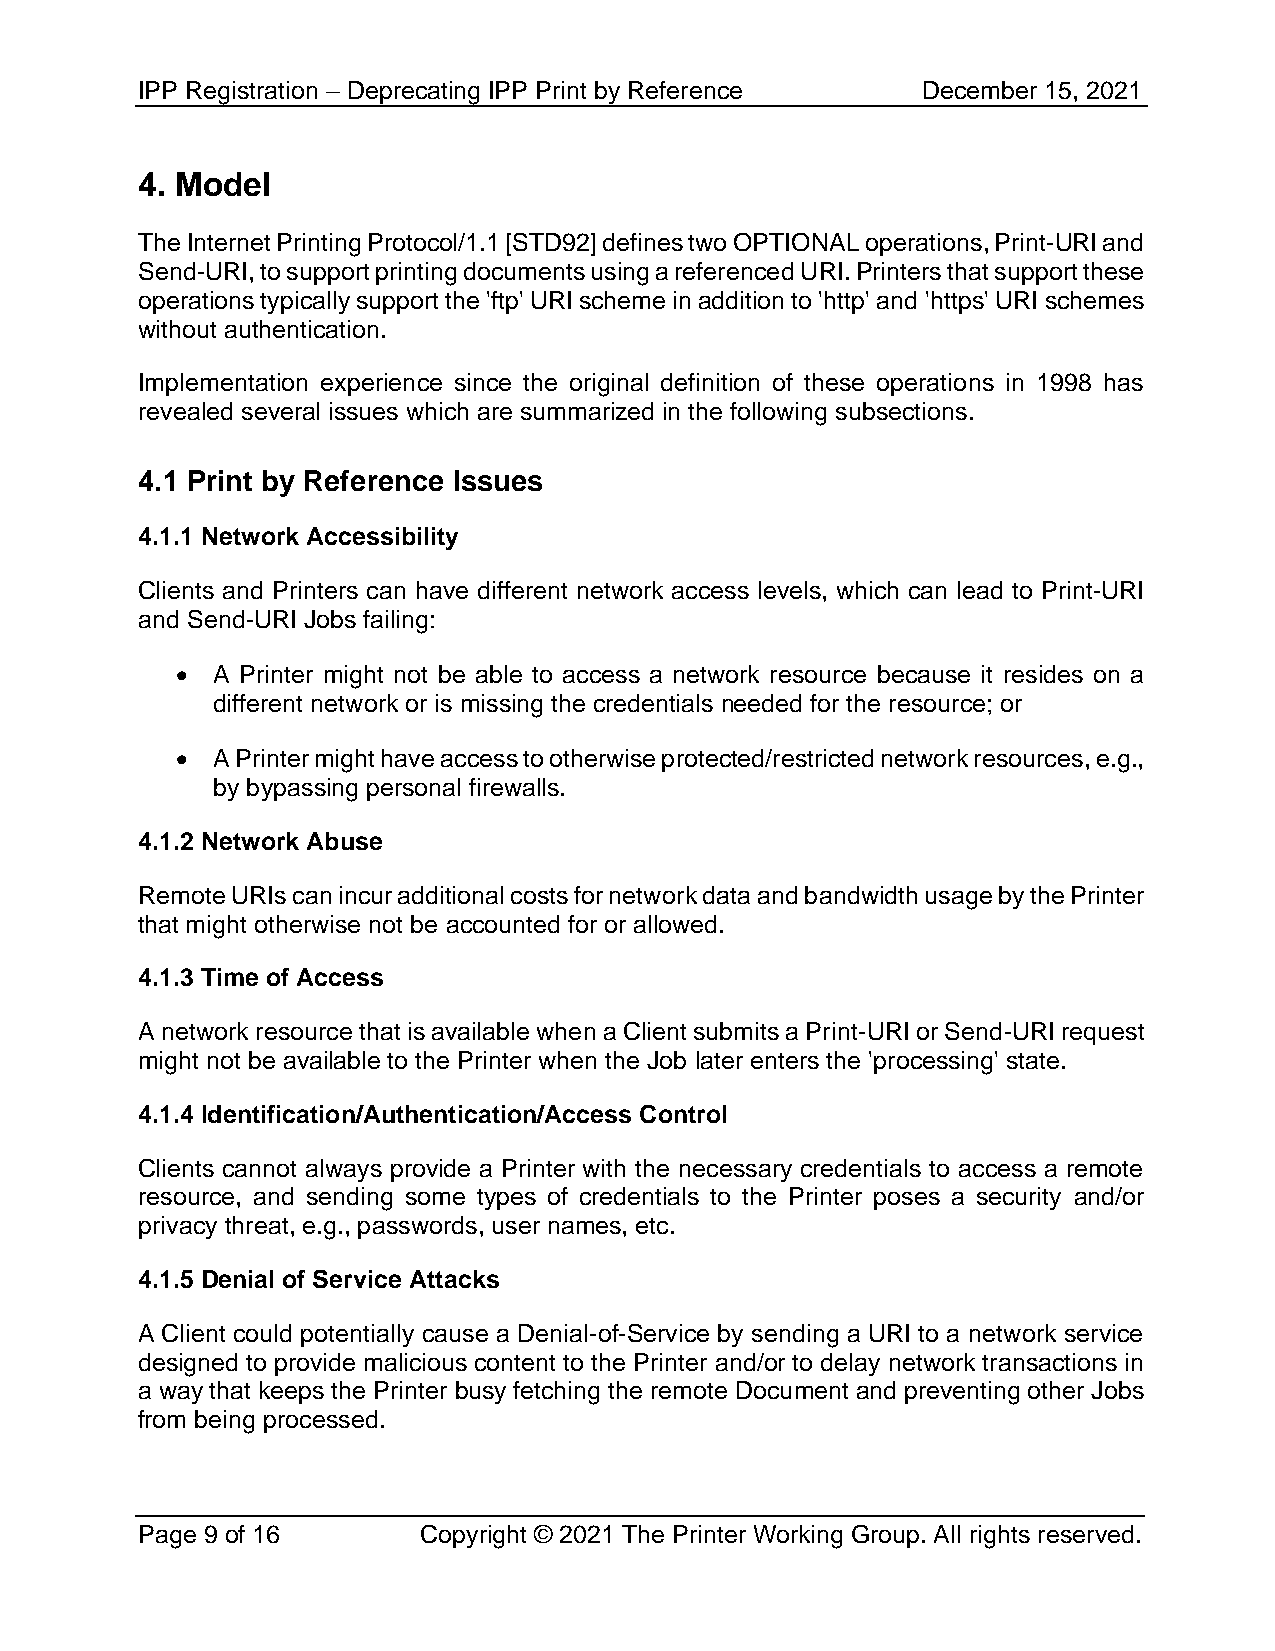
IPP Registration – Deprecating IPP Print by Reference December 15, 2021
 4. Model
 The Internet Printing Protocol/1.1 [STD92] defines two OPTIONAL operations, Print-URI and
 Send-URI, to support printing documents using a referenced URI. Printers that support these
 operations typically support the 'ftp' URI scheme in addition to 'http' and 'https' URI schemes
 without authentication.
 Implementation experience since the original definition of these operations in 1998 has
 revealed several issues which are summarized in the following subsections.
 4.1 Print by Reference Issues
 4.1.1 Network Accessibility
 Clients and Printers can have different network access levels, which can lead to Print-URI
 and Send-URI Jobs failing:
 • A Printer might not be able to access a network resource because it resides on a
 different network or is missing the credentials needed for the resource; or
 • A Printer might have access to otherwise protected/restricted network resources, e.g.,
 by bypassing personal firewalls.
 4.1.2 Network Abuse
 Remote URIs can incur additional costs for network data and bandwidth usage by the Printer
 that might otherwise not be accounted for or allowed.
 4.1.3 Time of Access
 A network resource that is available when a Client submits a Print-URI or Send-URI request
 might not be available to the Printer when the Job later enters the 'processing' state.
 4.1.4 Identification/Authentication/Access Control
 Clients cannot always provide a Printer with the necessary credentials to access a remote
 resource, and sending some types of credentials to the Printer poses a security and/or
 privacy threat, e.g., passwords, user names, etc.
 4.1.5 Denial of Service Attacks
 A Client could potentially cause a Denial-of-Service by sending a URI to a network service
 designed to provide malicious content to the Printer and/or to delay network transactions in
 a way that keeps the Printer busy fetching the remote Document and preventing other Jobs
 from being processed.
 Page 9 of 16       Copyright © 2021 The Printer Working Group. All rights reserved.